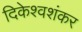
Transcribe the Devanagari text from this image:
दिकेश्वशंकर